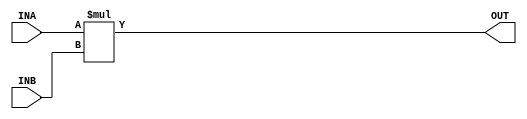
module Multiplier(INA,INB,OUT);
  parameter WIDTH_IN = 16;
  parameter WIDTH_OUT = 32;
  
  input signed [WIDTH_IN - 1:0] INA;
  input signed [WIDTH_IN - 1:0] INB;
  output signed [WIDTH_OUT - 1:0] OUT;
  
	assign OUT = INA*INB;
	
endmodule